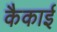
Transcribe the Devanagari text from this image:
कैकाई